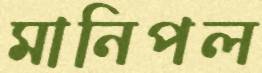
মানিপল